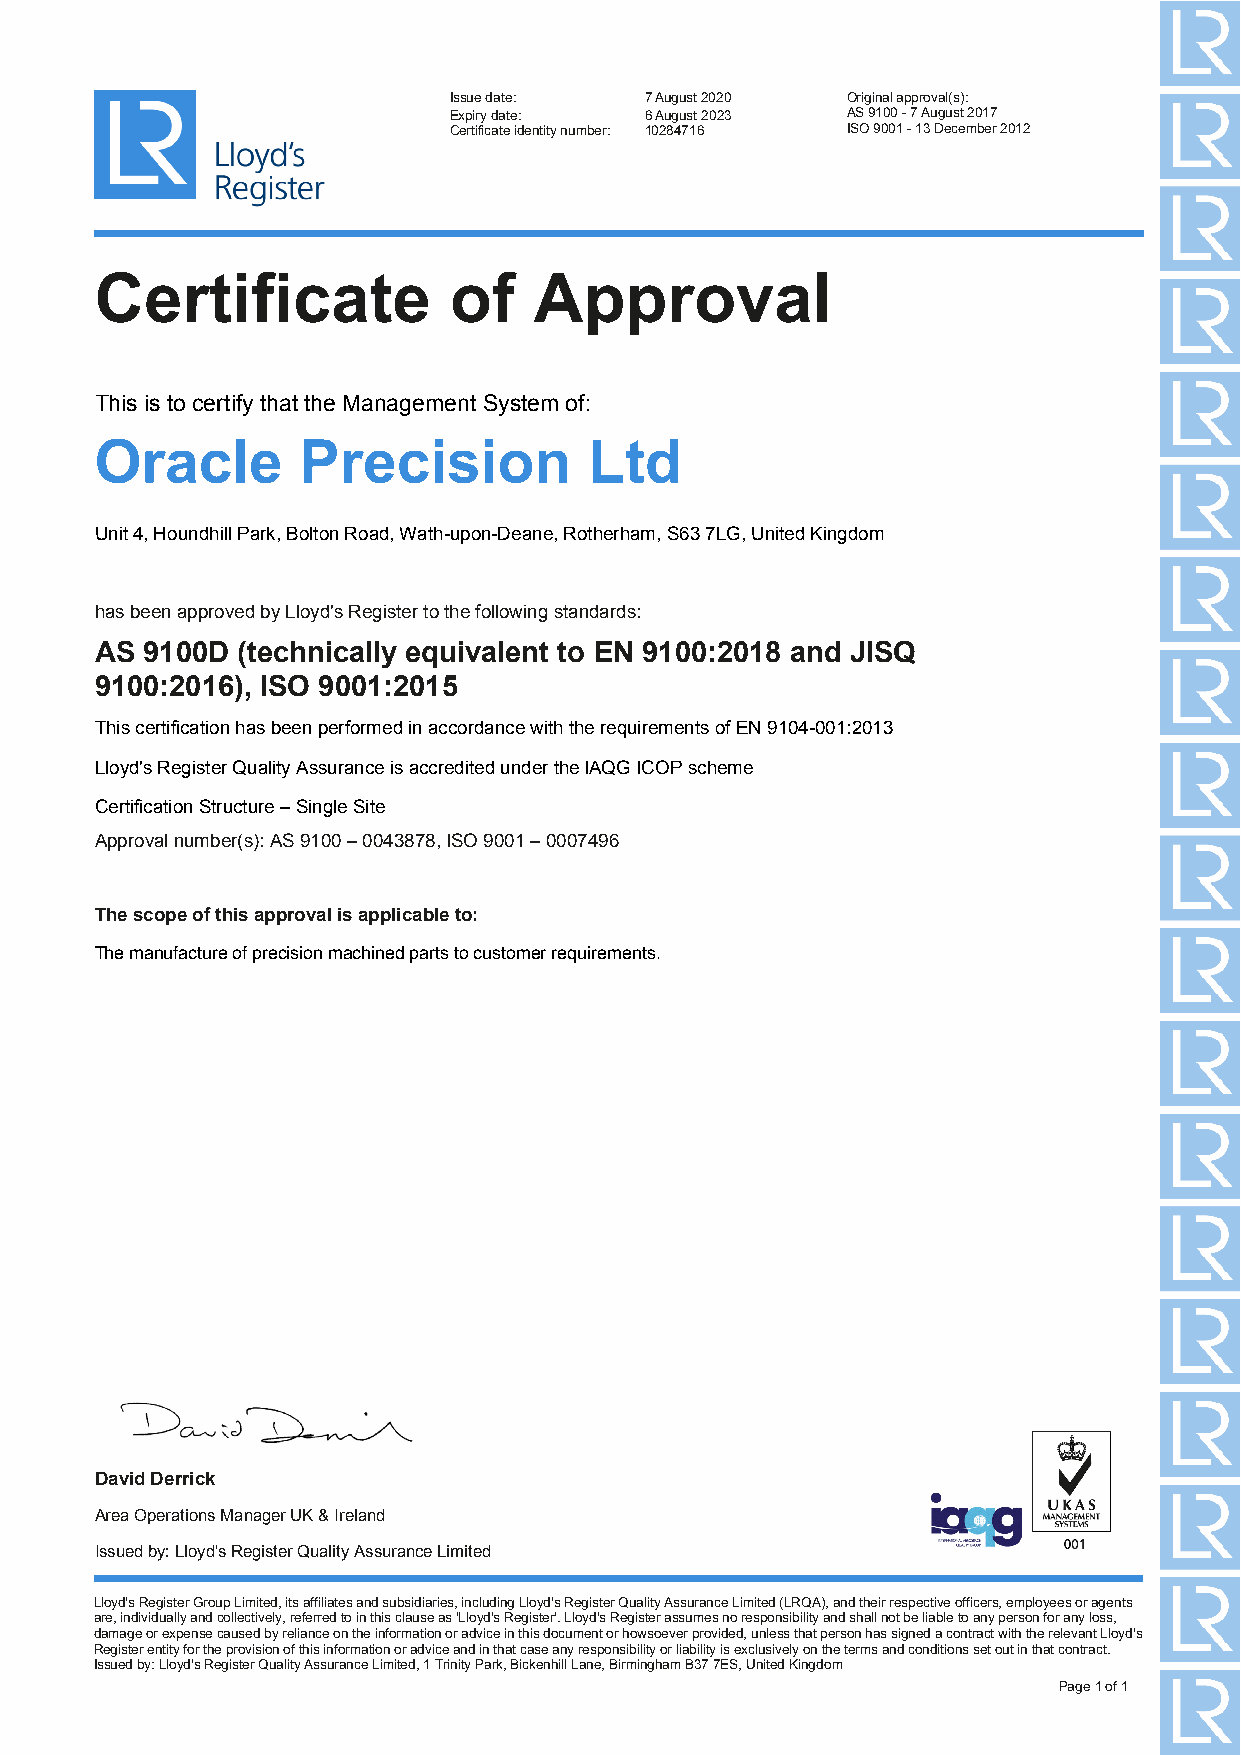
Issue date:  7 August 2020 Original approval(s):
 Expiry date: 6 August 2023 AS 9100 - 7 August 2017
 Certificate identity number: 10284716 ISO 9001 - 13 December 2012
 Certificate             of   Approval
 This is to certify that the Management System of:
 Oracle        Precision          Ltd
 Unit 4, Houndhill Park, Bolton Road, Wath-upon-Deane, Rotherham, S63 7LG, United Kingdom
 has been approved by Lloyd's Register to the following standards:
 AS 9100D  (technically equivalent to EN 9100:2018 and JISQ
 9100:2016), ISO 9001:2015
 This certification has been performed in accordance with the requirements of EN 9104-001:2013
 Lloyd's Register Quality Assurance is accredited under the IAQG ICOP scheme
 Certification Structure – Single Site
 Approval number(s): AS 9100 – 0043878, ISO 9001 – 0007496
 The scope of this approval is applicable to:
 The manufacture of precision machined parts to customer requirements.
 David Derrick
 Area Operations Manager UK & Ireland
 Issued by: Lloyd's Register Quality Assurance Limited
 Lloyd's Register Group Limited, its affiliates and subsidiaries, including Lloyd's Register Quality Assurance Limited (LRQA), and their respective officers, employees or agents
 are, individually and collectively, referred to in this clause as 'Lloyd's Register'. Lloyd's Register assumes no responsibility and shall not be liable to any person for any loss,
 damage or expense caused by reliance on the information or advice in this document or howsoever provided, unless that person has signed a contract with the relevant Lloyd's
 Register entity for the provision of this information or advice and in that case any responsibility or liability is exclusively on the terms and conditions set out in that contract.
 Issued by: Lloyd's Register Quality Assurance Limited, 1 Trinity Park, Bickenhill Lane, Birmingham B37 7ES, United Kingdom
 Page 1 of 1